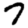
Digit: 7